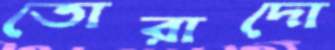
তোরাদো